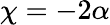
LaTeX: \chi=-2\alpha